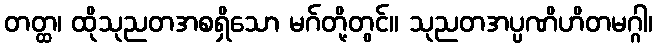
တတ္ထ၊ ထိုသုညတအစရှိသော မဂ်တို့တွင်။ သုညတအပ္ပဏိဟိတမဂ္ဂါ၊